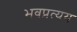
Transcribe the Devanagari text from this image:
भवप्रत्यय